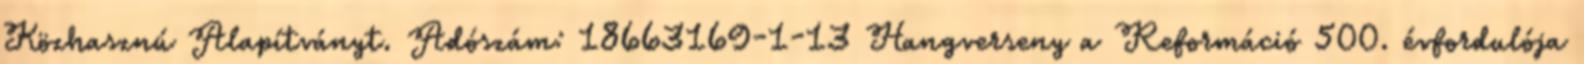
Közhasznú Alapítványt. Adószám: 18663169-1-13 Hangverseny a Reformáció 500. évfordulója